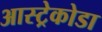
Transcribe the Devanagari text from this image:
आस्ट्रेकोडा